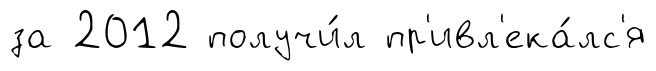
за 2012 получи́л пр'ивл'ека́лс'я